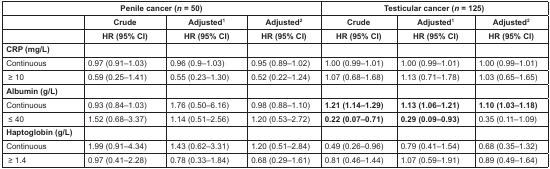
<table><thead><tr><td colspan="4"><b>Penile cancer (n = 50)</b></td><td colspan="3"><b>Testicular cancer (n = 125)</b></td></tr><tr><td></td><td><b>Crude</b></td><td><b>Adjusted<sup>1</sup></b></td><td><b>Adjusted<sup>2</sup></b></td><td><b>Crude</b></td><td><b>Adjusted<sup>1</sup></b></td><td><b>Adjusted<sup>2</sup></b></td></tr><tr><td></td><td><b>HR (95% CI)</b></td><td><b>HR (95% CI)</b></td><td><b>HR (95% CI)</b></td><td><b>HR (95% CI)</b></td><td><b>HR (95% CI)</b></td><td><b>HR (95% CI)</b></td></tr></thead><tbody><tr><td><b>CRP (mg/L)</b></td><td></td><td></td><td></td><td></td><td></td><td></td></tr><tr><td>Continuous</td><td>0.97 (0.91–1.03)</td><td>0.96 (0.9–1.03)</td><td>0.95 (0.89–1.02)</td><td>1.00 (0.99–1.01)</td><td>1.00 (0.99–1.01)</td><td>1.00 (0.99–1.01)</td></tr><tr><td>≥ 10</td><td>0.59 (0.25–1.41)</td><td>0.55 (0.23–1.30)</td><td>0.52 (0.22–1.24)</td><td>1.07 (0.68–1.68)</td><td>1.13 (0.71–1.78)</td><td>1.03 (0.65–1.65)</td></tr><tr><td><b>Albumin (g/L)</b></td><td></td><td></td><td></td><td></td><td></td><td></td></tr><tr><td>Continuous</td><td>0.93 (0.84–1.03)</td><td>1.76 (0.50–6.16)</td><td>0.98 (0.88–1.10)</td><td><b>1.21 (1.14–1.29)</b></td><td><b>1.13 (1.06–1.21)</b></td><td><b>1.10 (1.03–1.18)</b></td></tr><tr><td>≤ 40</td><td>1.52 (0.68–3.37)</td><td>1.14 (0.51–2.56)</td><td>1.20 (0.53–2.72)</td><td><b>0.22 (0.07–0.71)</b></td><td><b>0.29 (0.09–0.93)</b></td><td>0.35 (0.11–1.09)</td></tr><tr><td><b>Haptoglobin (g/L)</b></td><td></td><td></td><td></td><td></td><td></td><td></td></tr><tr><td>Continuous</td><td>1.99 (0.91–4.34)</td><td>1.43 (0.62–3.31)</td><td>1.20 (0.51–2.84)</td><td>0.49 (0.26–0.96)</td><td>0.79 (0.41–1.54)</td><td>0.68 (0.35–1.32)</td></tr><tr><td>≥ 1.4</td><td>0.97 (0.41–2.28)</td><td>0.78 (0.33–1.84)</td><td>0.68 (0.29–1.61)</td><td>0.81 (0.46–1.44)</td><td>1.07 (0.59–1.91)</td><td>0.89 (0.49–1.64)</td></tr></tbody></table>